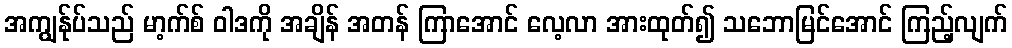
အကျွန်ုပ်သည် မာ့က်စ် ဝါဒကို အချိန် အတန် ကြာအောင် လေ့လာ အားထုတ်၍ သဘောမြင်အောင် ကြည့်လျက်